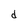
Character: d